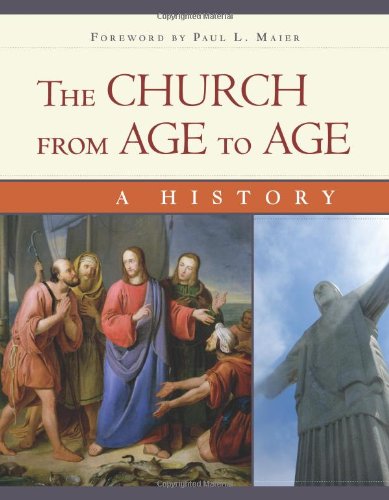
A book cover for The Church from Age to Age: From Galilee to Global Christianity; Klaus Detlev Schulz; Christian Books & Bibles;